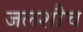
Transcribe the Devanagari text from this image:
जलशौच